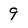
Character: 9